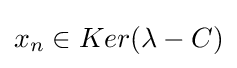
x_{n}\in Ker(\lambda -C)